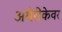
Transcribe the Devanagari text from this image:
अमेरीकेवर